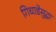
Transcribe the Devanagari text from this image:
गिधाडेसुद्धा